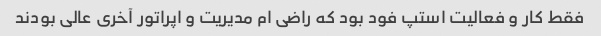
فقط کار و فعالیت استپ فود بود که راضی ام مدیریت و اپراتور آخری عالی بودند